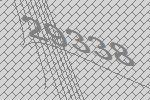
29338